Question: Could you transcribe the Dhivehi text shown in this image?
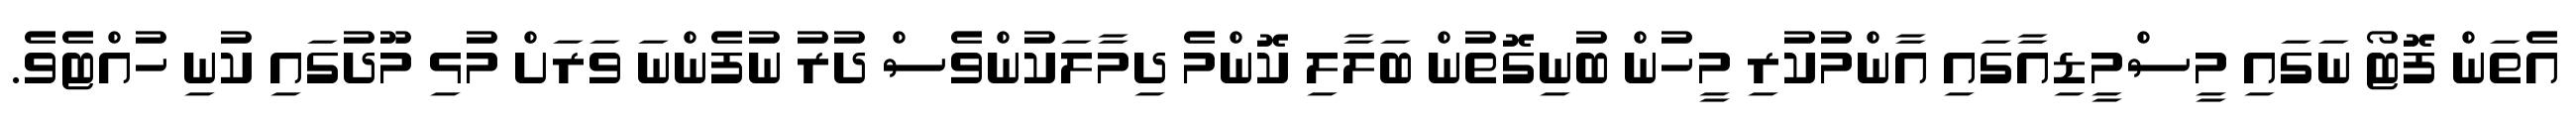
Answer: އެތަން ފޮޓޯ ނަގައި މީސްމީޑިއާގައި އާންމުކުރި މީހުން ބުނިގޮތުން ބަލާލި ކޮންމެ ދިމާލަކުންވެސް ދުރު ނުފެންނަ ވަރަށް މުޅި މޫދުގައި ކުނި ހުއްޓެވެ.